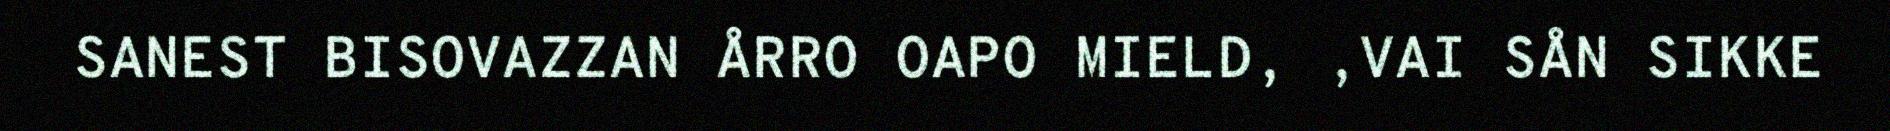
SANEST BISOVAZZAN ÅRRO OAPO MIELD, ,VAI SÅN SIKKE